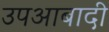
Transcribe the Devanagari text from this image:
उपआबादी